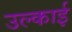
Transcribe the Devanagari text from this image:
उल्काई